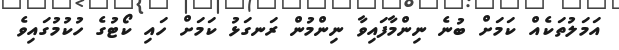
އަމަލުތަކެއް ކަމަށް ބުނެ ނިންމާފައިވާ ނިންމުން ރަނގަޅު ކަމަށް ހައި ކޯޓުގެ ހުކުމުގައިވެ